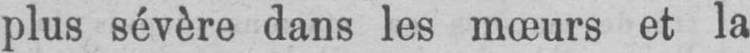
plus sévère dans les mœurs et la